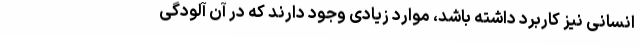
انسانی نیز کاربرد داشته باشد، موارد زیادی وجود دارند که در آن آلودگی